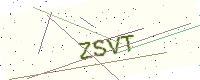
Text: ZSVT